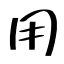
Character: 用